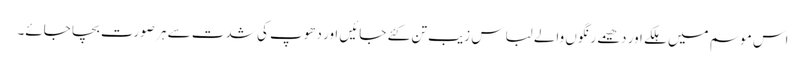
اس موسم میں ہلکے اور دھیمے رنگوں والے لباس زیبِ تن کئے جائیں اور دھوپ کی شدت سے ہر صورت بچا جائے۔